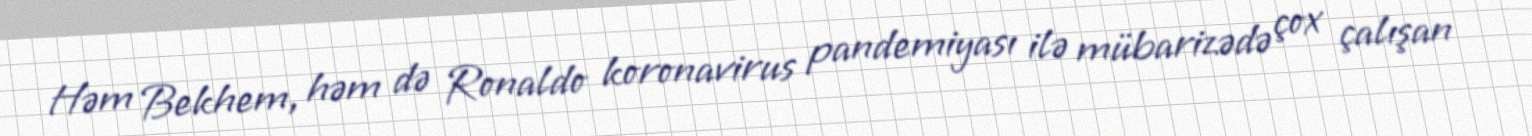
Həm Bekhem, həm də Ronaldo koronavirus pandemiyası ilə mübarizədə çox çalışan